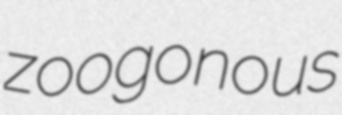
zoogonous